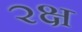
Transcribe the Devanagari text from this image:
२क्ष